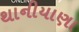
થાનીયાણા